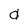
Character: d